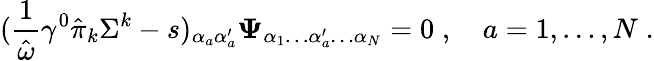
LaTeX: ({\frac{1}{\hat{\omega}}}\gamma^{0}\hat{\pi}_{k}\Sigma^{k}-s)_{\alpha_{a}\alpha_{a}^{\prime}}{\mathbf\Psi}_{\alpha_{1}\ldots\alpha_{a}^{\prime}\ldots\alpha_{N}}=0\; ,\quad a=1,\ldots,N\; .